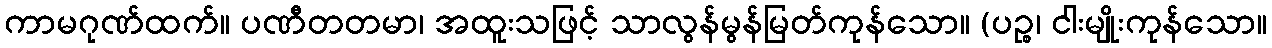
ကာမဂုဏ်ထက်။ ပဏီတတမာ၊ အထူးသဖြင့် သာလွန်မွန်မြတ်ကုန်သော။ (ပဉ္စ၊ ငါးမျိုးကုန်သော။